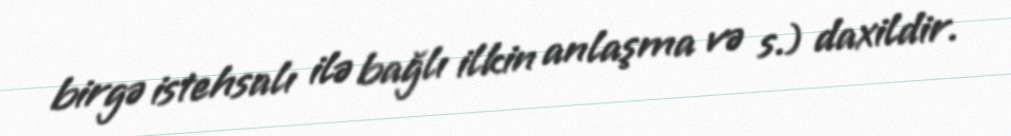
birgə istehsalı ilə bağlı ilkin anlaşma və s.) daxildir.